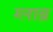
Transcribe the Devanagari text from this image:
ग्लाब्र